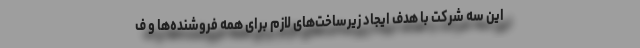
این سه شرکت با هدف ایجاد زیرساخت‌های لازم برای همه فروشنده‌ها و ف